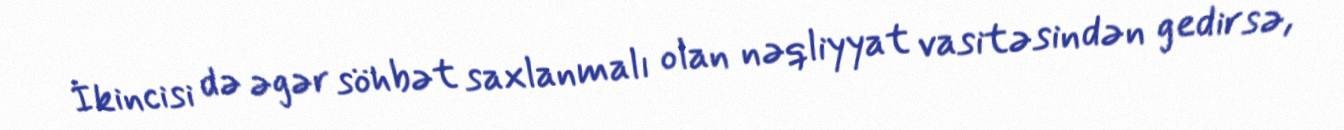
İkincisi də əgər söhbət saxlanmalı olan nəqliyyat vasitəsindən gedirsə,